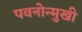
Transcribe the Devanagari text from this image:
पवनोन्मुखी